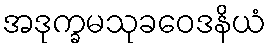
အဒုက္ခမသုခဝေဒနိယံ